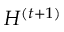
H ^ { ( t + 1 ) }